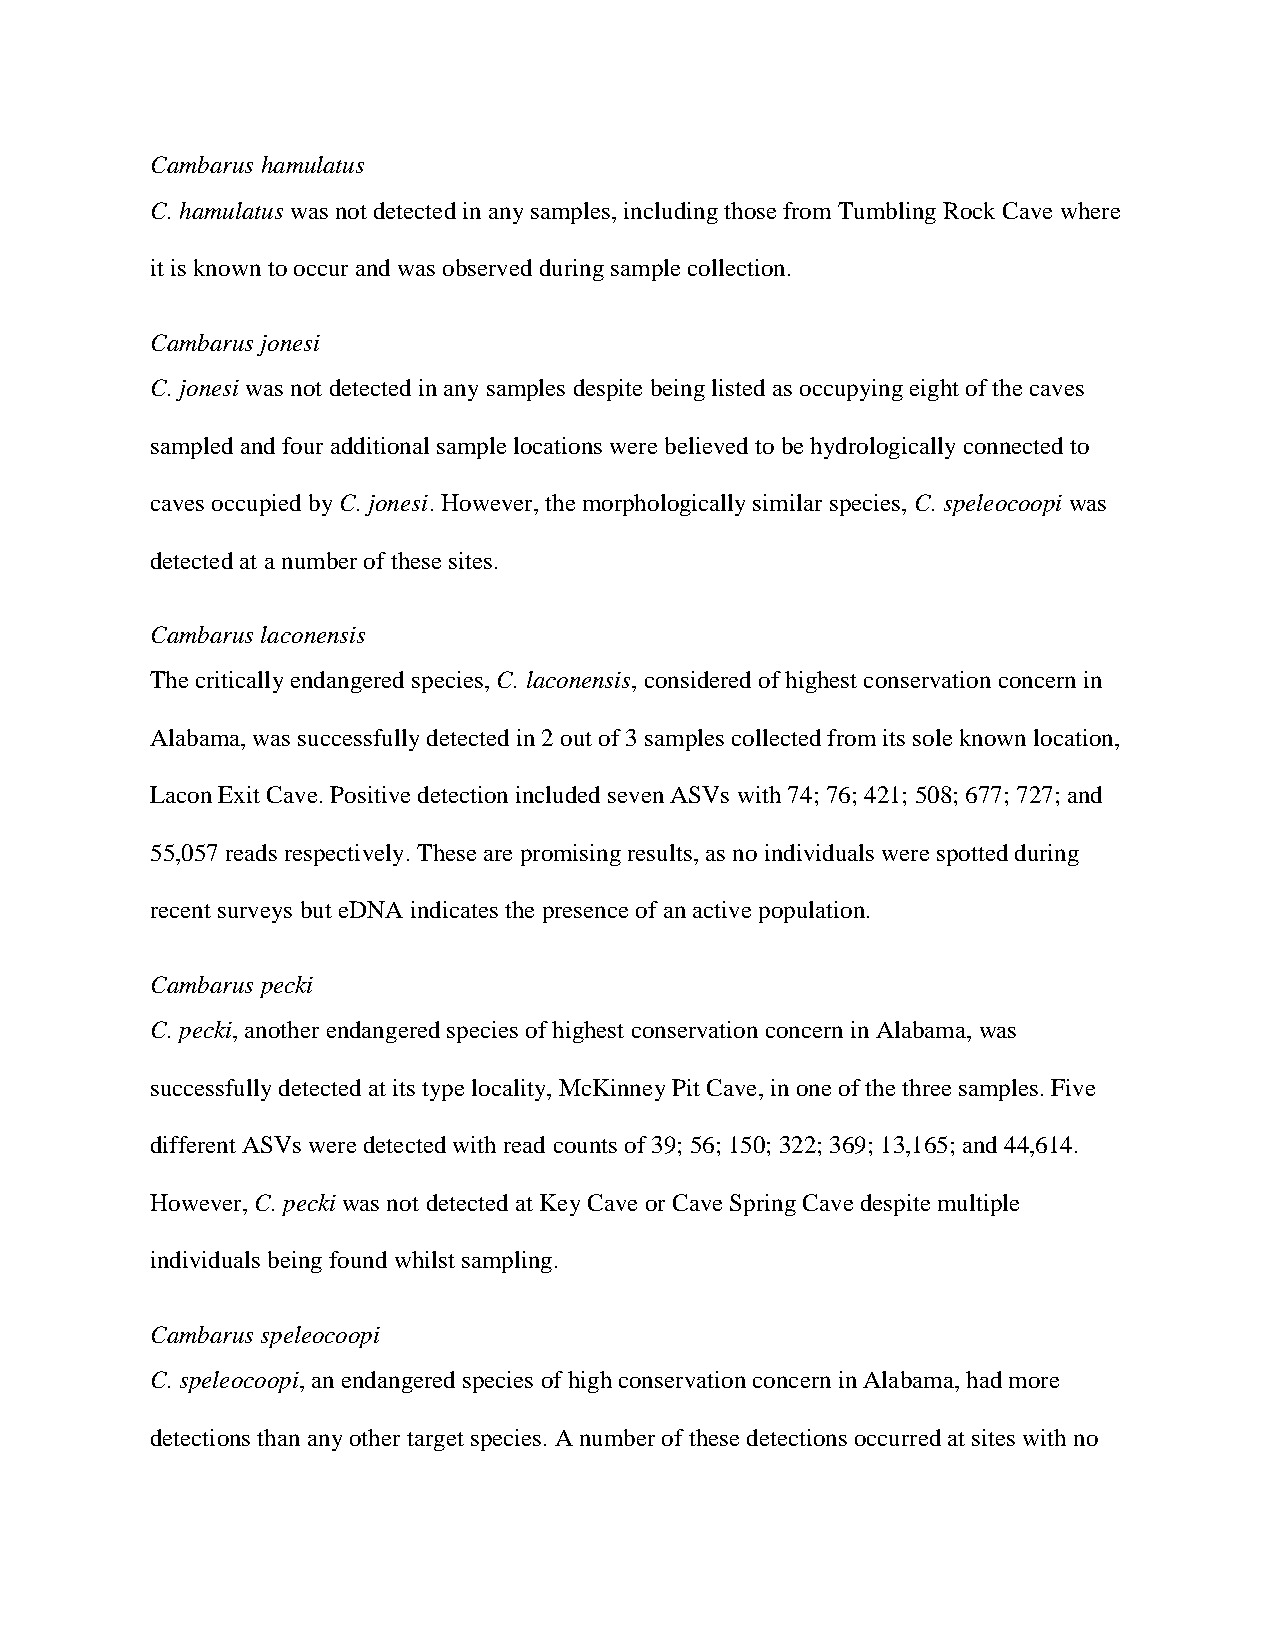
Cambarus hamulatus
 C. hamulatus was not detected in any samples, including those from Tumbling Rock Cave where
 it is known to occur and was observed during sample collection.
 Cambarus jonesi
 C. jonesi was not detected in any samples despite being listed as occupying eight of the caves
 sampled and four additional sample locations were believed to be hydrologically connected to
 caves occupied by C. jonesi. However, the morphologically similar species, C. speleocoopi was
 detected at a number of these sites.
 Cambarus laconensis
 The critically endangered species, C. laconensis, considered of highest conservation concern in
 Alabama, was successfully detected in 2 out of 3 samples collected from its sole known location,
 Lacon Exit Cave. Positive detection included seven ASVs with 74; 76; 421; 508; 677; 727; and
 55,057 reads respectively. These are promising results, as no individuals were spotted during
 recent surveys but eDNA indicates the presence of an active population.
 Cambarus pecki
 C. pecki, another endangered species of highest conservation concern in Alabama, was
 successfully detected at its type locality, McKinney Pit Cave, in one of the three samples. Five
 different ASVs were detected with read counts of 39; 56; 150; 322; 369; 13,165; and 44,614.
 However, C. pecki was not detected at Key Cave or Cave Spring Cave despite multiple
 individuals being found whilst sampling.
 Cambarus speleocoopi
 C. speleocoopi, an endangered species of high conservation concern in Alabama, had more
 detections than any other target species. A number of these detections occurred at sites with no